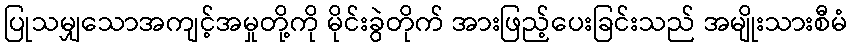
ပြုသမျှသောအကျင့်အမှုတို့ကို မိုင်းခွဲတိုက် အားဖြည့်ပေးခြင်းသည် အမျိုးသားစီမံ